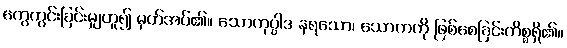
ကွေကွင်းခြင်းမျှဟူ၍ မှတ်အပ်၏။ သောကုပ္ပါဒ နရသော၊ သောကကို ဖြစ်စေခြင်းကိစ္စရှိ၏။